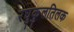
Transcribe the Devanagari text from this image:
रघुकुलतिलक